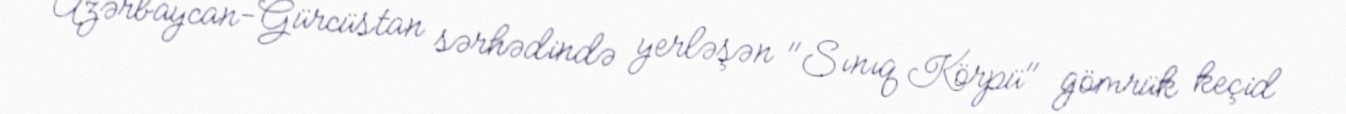
Azərbaycan-Gürcüstan sərhədində yerləşən "Sınıq Körpü" gömrük keçid